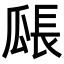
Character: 𤬅